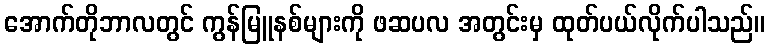
အောက်တိုဘာလတွင် ကွန်မြူနစ်များကို ဖဆပလ အတွင်းမှ ထုတ်ပယ်လိုက်ပါသည်။